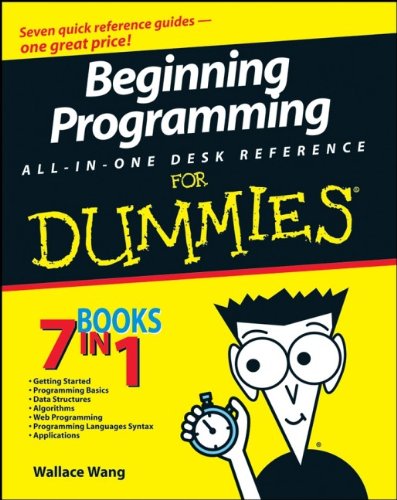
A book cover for Beginning Programming All-In-One Desk Reference For Dummies; Wallace Wang; Computers & Technology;